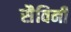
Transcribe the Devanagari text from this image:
सैविनी